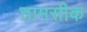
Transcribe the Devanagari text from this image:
तामसीक